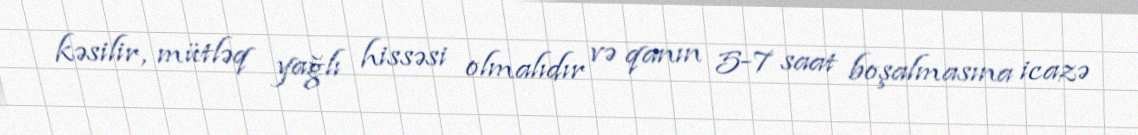
kəsilir, mütləq yağlı hissəsi olmalıdır və qanın 5-7 saat boşalmasına icazə